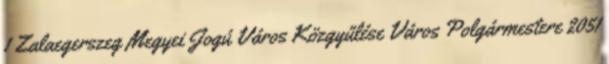
1 Zalaegerszeg Megyei Jogú Város Közgyűlése Város Polgármestere 2051